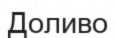
Доливо